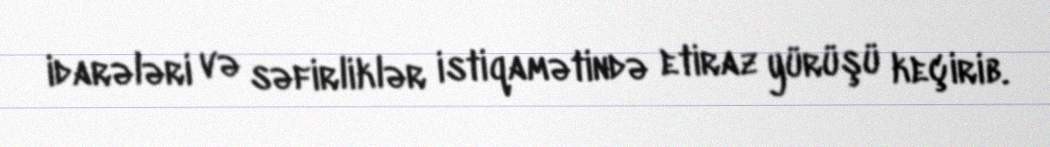
idarələri və səfirliklər istiqamətində etiraz yürüşü keçirib.